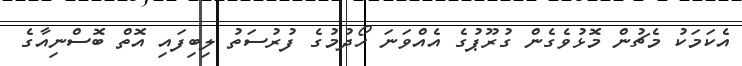
އެކަމަކު މެޗުން މޮޅުވެގެން ގުރޫޕުގެ އެއްވަނަ ހޯދުމުގެ ފުރުސަތު ލިބިފައި އޮތް ބޮސްނިއާގެ